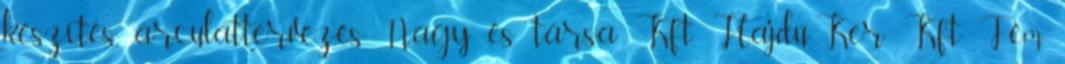
készítés, arculattervezés Nagy és társa Kft. Hajdú-Ker Kft. Fém